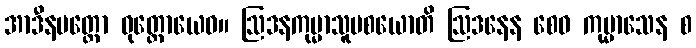
အာဒီနမတ္ထော ဝုတ္တောယေဝ။ ဩဒနကုမ္မာသူပစယောတိ ဩဒနေန စေဝ ကုမ္မာသေန စ